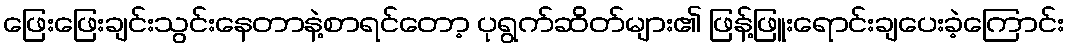
ဖြေးဖြေးချင်းသွင်းနေတာနဲ့စာရင်တော့ ပုရွက်ဆိတ်များ၏ ဖြန့်ဖြူးရောင်းချပေးခဲ့ကြောင်း